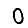
Digit: 0